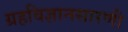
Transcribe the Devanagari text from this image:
ग्रहविज्ञानसारणी